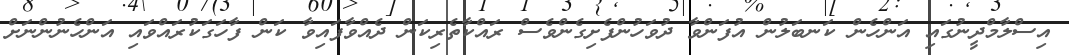
އިސްލާމްދީނުގައި އަންހެން ކަނބަލުން އުފަންވާ ދުވަހުންފެށިގެންވެސް ރައްކާތެރިކަން ދެއްވާފައިވާ ކަން ފާހަގަކުރައްވައި އަންހެނުންނަށް